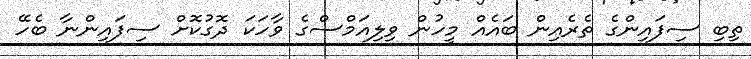
ތިބި ސިފައިންގެ ތެރެއިން ބައެއް މީހުން ވިލިއަމްސްގެ ވާހަކަ ދޮގުކޮށް ސިފައިންނާ ބެހޭ